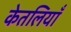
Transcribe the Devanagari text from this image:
केतलियाँ